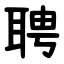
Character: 聘